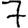
Digit: 7